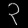
Digit: ၃